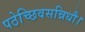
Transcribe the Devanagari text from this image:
पठेच्छिवसन्निधौ।